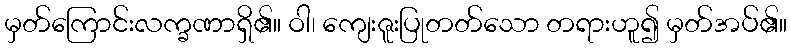
မှတ်ကြောင်းလက္ခဏာရှိ၏။ ဝါ၊ ကျေးဇူးပြုတတ်သော တရားဟူ၍ မှတ်အပ်၏။